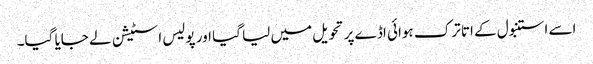
اسے استنبول کے اتا ترک ہوائی اڈے پر تحویل میں لیا گیا اور پولیس اسٹیشن لے جایا گیا۔